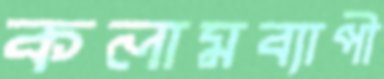
কলামব্যাপী